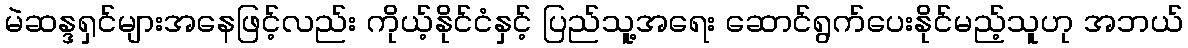
မဲဆန္ဒရှင်များအနေဖြင့်လည်း ကိုယ့်နိုင်ငံနှင့် ပြည်သူ့အရေး ဆောင်ရွက်ပေးနိုင်မည့်သူဟု အဘယ်